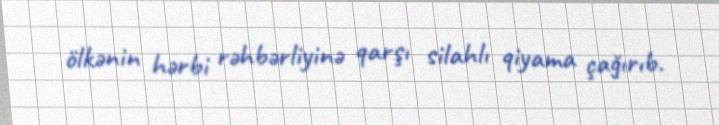
ölkənin hərbi rəhbərliyinə qarşı silahlı qiyama çağırıb.